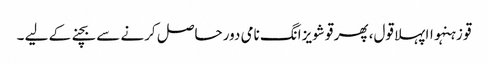
قو زہنہواا پہلا قول، پھر قو شویزانگ نامی دور حاصل کرنے سے بچنے کے لیے ۔